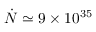
\dot { N } \simeq 9 \times 1 0 ^ { 3 5 }